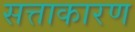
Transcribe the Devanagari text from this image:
सत्ताकारण